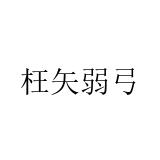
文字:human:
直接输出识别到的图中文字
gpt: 枉矢弱弓